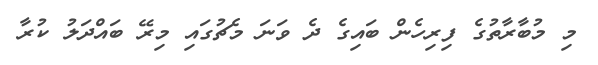
މި މުބާރާތުގެ ފިރިހެން ބައިގެ ދެ ވަނަ މެޗުގައި މިރޭ ބައްދަލު ކުރާ